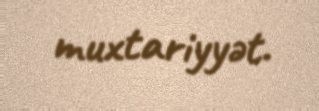
muxtariyyət.